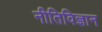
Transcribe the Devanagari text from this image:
नीतिविज्ञान